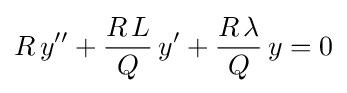
R\,y''+{\frac {R\,L}{Q}}\,y'+{\frac {R\,\lambda }{Q}}\,y=0